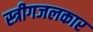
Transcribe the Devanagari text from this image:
स्त्रीगजलकार